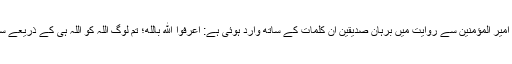
الکافی میں امیر المؤمنینؑ سے روایت میں برہان صدیقین ان کلمات کے ساتھ وارد ہوئی ہے: اعْرِفُوا اللَّهَ‌ بِاللَّه‌؛ تم لوگ اللہ کو اللہ ہی کے ذریعے سے پہچانو۔